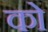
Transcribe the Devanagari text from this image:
को